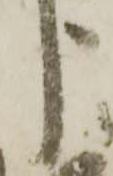
う